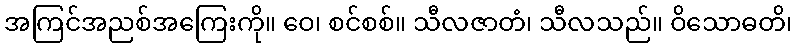
အကြင်အညစ်အကြေးကို။ ဝေ၊ စင်စစ်။ သီလဇာတံ၊ သီလသည်။ ဝိသောဓတိ၊